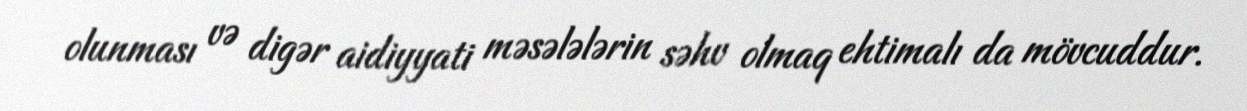
olunması və digər aidiyyati məsələlərin səhv olmaq ehtimalı da mövcuddur.